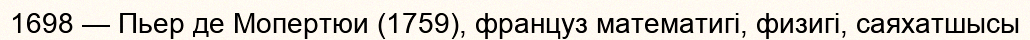
1698 — Пьер де Мопертюи (1759), француз математигі, физигі, саяхатшысы